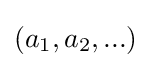
(a_{1},a_{2},...)